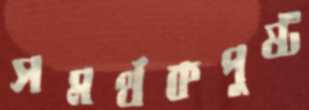
সমর্থকপুষ্ট